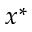
x ^ { \ast }